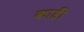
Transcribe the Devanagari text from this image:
काहीँ